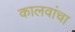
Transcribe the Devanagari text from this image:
कालवांचा